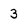
Character: 3